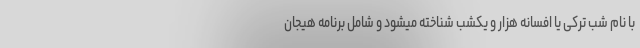
با نام شب ترکی یا افسانه هزار و یکشب شناخته میشود و شامل برنامه هیجان